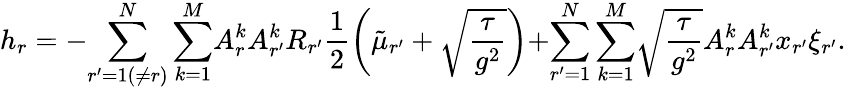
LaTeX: h_{r}=-{\sum_{r^{\prime}=1(\neq r)}^{N}\sum_{k=1}^{M}}A_{r}^{k}A_{r^{\prime}}^{k}R_{r^{\prime}}\frac{1}{2}\left(\tilde{\mu}_{r^{\prime}}+\sqrt{\frac{\tau}{g^{2}}}\right){+}{\sum_{r^{\prime}=1}^{N}\sum_{k=1}^{M}}\sqrt{\frac{\tau}{g^{2}}}A_{r}^{k}A_{r^{\prime}}^{k}x_{r^{\prime}}\xi_{r^{\prime}}.